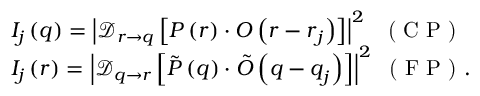
\begin{array} { r l } & { I _ { j } \left( \boldsymbol { q } \right) = \left| \mathcal { D } _ { \boldsymbol { r } \rightarrow \boldsymbol { q } } \left[ P \left( \boldsymbol { r } \right) \cdot O \left( \boldsymbol { r } - \boldsymbol { r } _ { j } \right) \right] \right| ^ { 2 } \; \; \textrm { ( C P ) } } \\ & { I _ { j } \left( \boldsymbol { r } \right) = \left| \mathcal { D } _ { \boldsymbol { q } \rightarrow \boldsymbol { r } } \left[ \tilde { P } \left( \boldsymbol { q } \right) \cdot \tilde { O } \left( \boldsymbol { q } - \boldsymbol { q } _ { j } \right) \right] \right| ^ { 2 } \; \textrm { ( F P ) } . } \end{array}